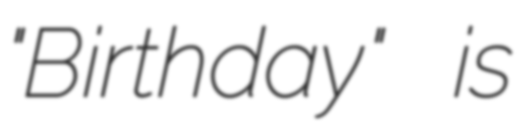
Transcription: "Birthday" is